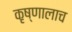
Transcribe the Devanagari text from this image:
कृष्णालाच